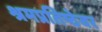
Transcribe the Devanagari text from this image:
श्रमप्रतिष्ठेवर